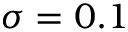
\sigma = 0 . 1